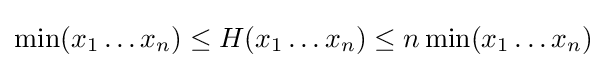
\min(x_{1}\ldots x_{n})\leq H(x_{1}\ldots x_{n})\leq n\min(x_{1}\ldots x_{n})